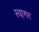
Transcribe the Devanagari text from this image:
स्वागर